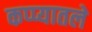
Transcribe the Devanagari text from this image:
कप्प्यातले